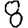
Digit: 8